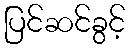
ပြင်ဆင်ခွင့်